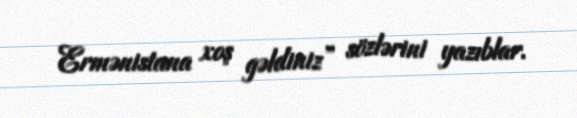
Ermənistana xoş gəldiniz” sözlərini yazıblar.